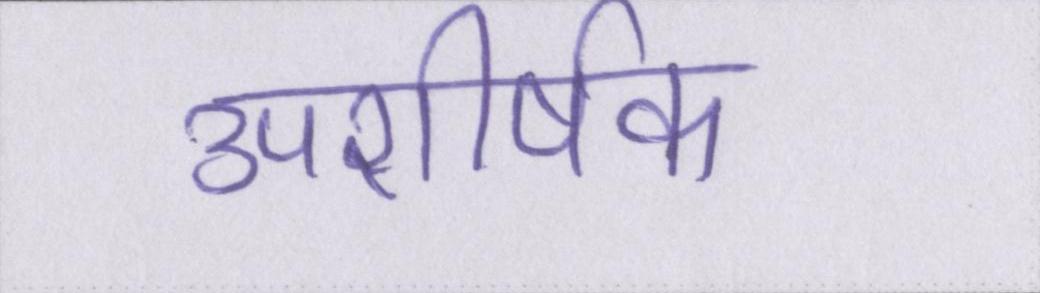
उपशीर्षक